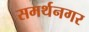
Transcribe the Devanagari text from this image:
समर्थनगर